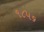
૧૮૫૬